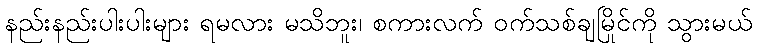
နည်းနည်းပါးပါးများ ရမလား မသိဘူး၊ စကားလက် ဝက်သစ်ချမြိုင်ကို သွားမယ်